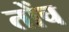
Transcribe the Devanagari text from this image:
तोंच